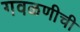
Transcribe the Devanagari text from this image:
गवळणीची